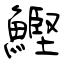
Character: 鰹